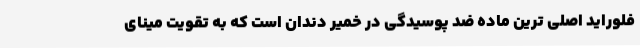
فلوراید اصلی ترین ماده ضد پوسیدگی در خمیر دندان است که به تقویت مینای